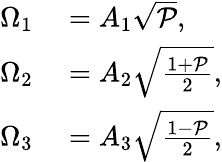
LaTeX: \begin{array}{rl}{\Omega_{1}}&{{}=A_{1}\sqrt{\mathcal{P}},}\\ {\Omega_{2}}&{{}=A_{2}\sqrt{\frac{1+\mathcal{P}}{2}},}\\ {\Omega_{3}}&{{}=A_{3}\sqrt{\frac{1-\mathcal{P}}{2}},}\end{array}